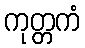
ကုတ္တကံ